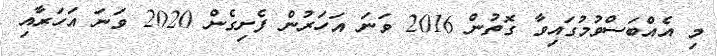
މި އެއްބަސްވުމުގައިވާ ގޮތުން 2016 ވަނަ އަހަރުން ފެށިގެން 2020 ވަނަ އަހަރާއި